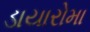
ડાયારોમા